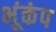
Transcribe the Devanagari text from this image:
भूंकंप